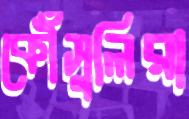
কৌঁসুলিরা